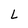
Character: L